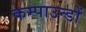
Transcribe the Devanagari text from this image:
कम्पाउन्डों